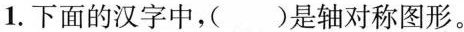
1.下面的汉字中，( )是轴对称图形。